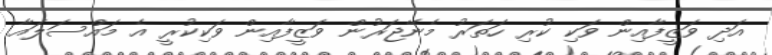
އަދި ވަޒީފާއިން ވަކި ކުރި ހަތަރު މެނޭޖަރުން ވަޒީފާއިން ވަކިކުރީ އެ މައްސަލައާ